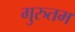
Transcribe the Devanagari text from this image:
गुरुतम